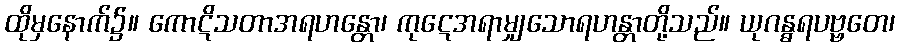
ထိုမှနောက်၌။ ကောဋိသတာအရဟန္တော၊ ကုဋေအရာမျှသောရဟန္တာတို့သည်။ ယုဂန္ဓရပဗ္ဗတေ၊